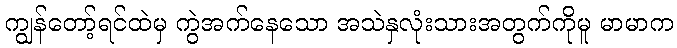
ကျွန်တော့်ရင်ထဲမှ ကွဲအက်နေသော အသဲနှလုံးသားအတွက်ကိုမူ မာမာက